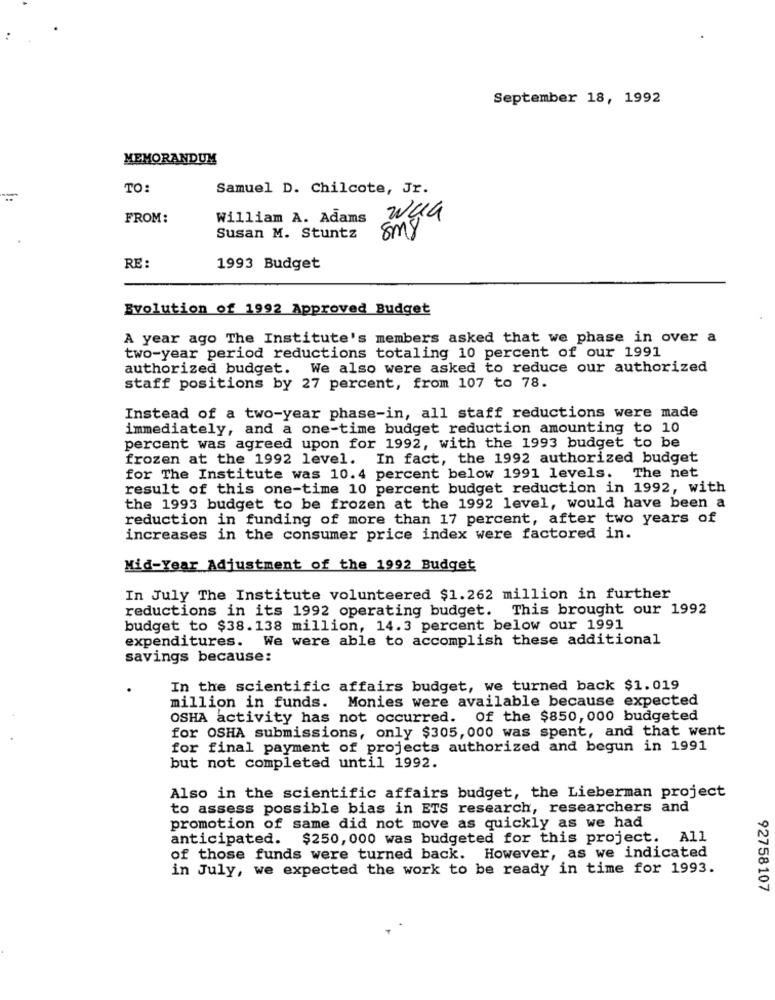
September 18, 1992
MEMORANDUM
TO:
Samuel D. Chilcote, Jr.
FROM:
William A. Adams
wyG
smy
Susan M. Stuntz
RE :
1993 Budget
Evolution of 1992 Approved Budget
A year ago The Institute's members asked that we phase in over a
two-year period reductions totaling 10 percent of our 1991
authorized budget. We also were asked to reduce our authorized
staff positions by 27 percent, from 107 to 78.
Instead of a two-year phase-in, all staff reductions were made
immediately, and a one-time budget reduction amounting to 10
percent was agreed upon for 1992, with the 1993 budget to be
frozen at the 1992 level. In fact, the 1992 authorized budget
for The Institute was 10.4 percent below 1991 levels. The net
result of this one-time 10 percent budget reduction in 1992, with
the 1993 budget to be frozen at the 1992 level, would have been a
reduction in funding of more than 17 percent, after two years of
increases in the consumer price index were factored in.
Mid-Year Adjustment of the 1992 Budget
In July The Institute volunteered $1.262 million in further
reductions in its 1992 operating budget. This brought our 1992
budget to $38.138 million, 14.3 percent below our 1991
expenditures. We were able to accomplish these additional
savings because:
In the scientific affairs budget, we turned back $1.019
million in funds. Monies were available because expected
OSHA activity has not occurred. Of the $850, 000 budgeted
for OSHA submissions, only $305, 000 was spent, and that went
for final payment of projects authorized and begun in 1991
but not completed until 1992.
Also in the scientific affairs budget, the Lieberman project
to assess possible bias in ETS research, researchers and
promotion of same did not move as quickly as we had
anticipated. $250, 000 was budgeted for this project. All
of those funds were turned back. However, as we indicated
in July, we expected the work to be ready in time for 1993.
92758107